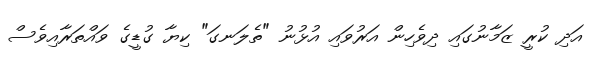
އަދި ކުރީ ޒަމާނުގައި ދިވެހިން އަރުވައި އުޅުނު "ތެލަނގަ" ކިޔާ ގުޑީގެ ވައްތަރާއިވެސް